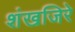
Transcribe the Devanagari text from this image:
शंखजिरे